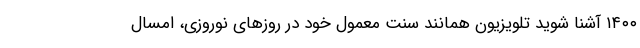
۱۴۰۰ آشنا شوید تلویزیون همانند سنت معمول خود در روزهای نوروزی، امسال